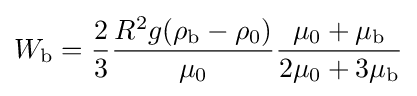
W_{\mathrm {b} }={\frac {2}{3}}{\frac {R^{2}g(\rho _{\mathrm {b} }-\rho _{0})}{\mu _{0}}}{\frac {\mu _{0}+\mu _{\mathrm {b} }}{2\mu _{0}+3\mu _{\mathrm {b} }}}